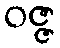
ဝဇ္ဇ